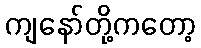
ကျနော်တို့ကတော့